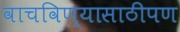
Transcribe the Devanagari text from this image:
वाचविण्यासाठीपण